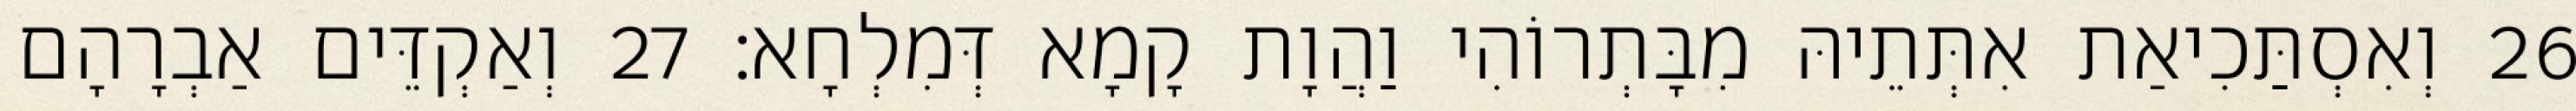
26 וְאִסְתַּכִיאַת אִתְּתֵיהּ מִבָּתְרוֹהִי וַהֲוָת קָמָא דְּמִלְחָא׃ 27 וְאַקְדֵּים אַבְרָהָם